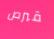
قبرص